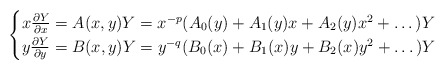
\begin{align*}\begin{cases}x \frac{\partial Y}{\partial x} = A (x,y) Y= x^{-p} (A_0(y) + A_1(y) x+ A_2(y) x^2 + \dots) Y\\ y \frac{\partial Y}{\partial y} = B (x,y) Y= y^{-q} ({B}_0(x) + {B}_1(x) y + {B}_2(x) y^2 + \dots) Y\end{cases} \end{align*}